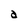
Character: a